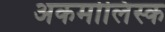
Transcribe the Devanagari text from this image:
अकमोलिंस्क